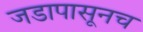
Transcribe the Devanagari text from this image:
जडापासूनच